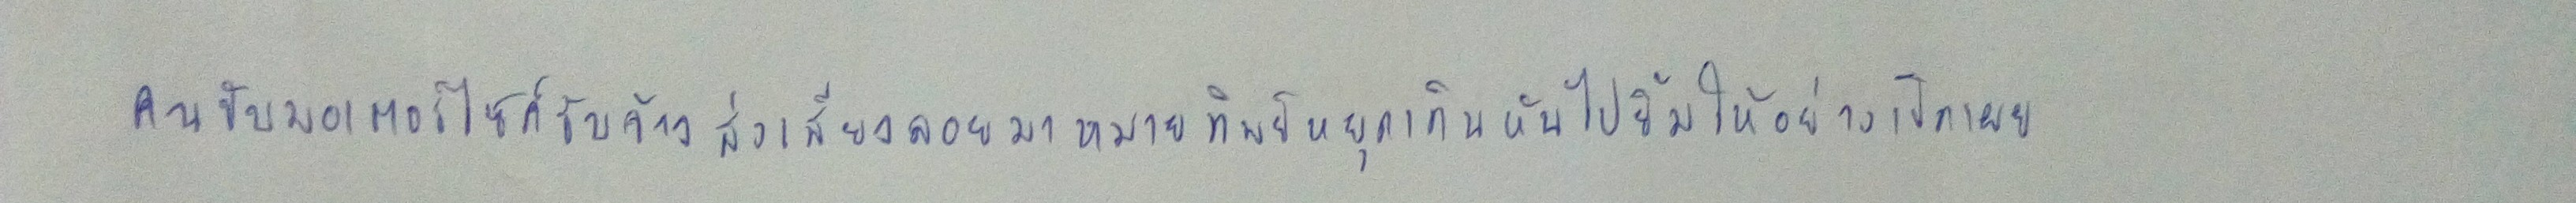
คนขับมอเตอร์ไซค์รับจ้างส่งเสียงลอยมาหมายทิพย์หยุดเดินหันไปยิ้มให้อย่างเปิดเผย